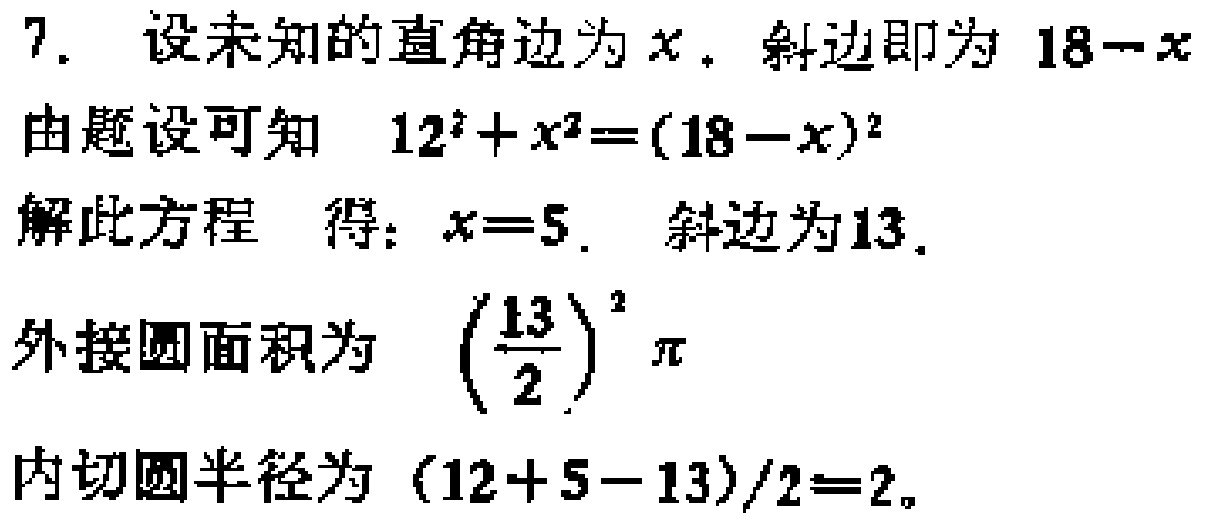
7. 设未知的直角边为\(x\). 斜边即为 \(18 - x\)
由题设可知 \(12^{2}+x^{2}=(18 - x)^{2}\)
解此方程 得：\(x = 5\). 斜边为\(13\).
外接圆面积为 \(\left(\frac{13}{2}\right)^{2}\pi\)
内切圆半径为 \((12 + 5 - 13)/2 = 2\)。